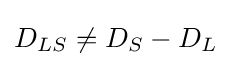
D_{LS}\neq D_{S}-D_{L}